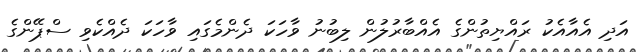
އަދި އެއާއެކު ރައްޔިތުންގެ އެއްބާރުލުން ލިބުނު ވާހަކަ ދެންމެގައި ވާހަކަ ދެއްކެވި ސްޕޭންގެ